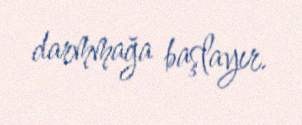
darmmağa başlayır.